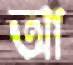
আ